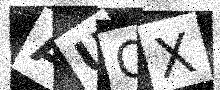
Text: AUQX